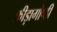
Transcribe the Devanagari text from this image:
क्रीड़ागोष्ठी